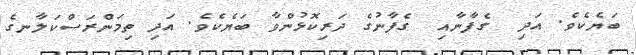
ބަޔެކެވެ. އަދި  ގެފާނާއި  ގެފާނުގެ ދަރިކޮޅުންވާ ބަޔެކެވެ. އަދި ތިމަންރަސްކަލާނގެ